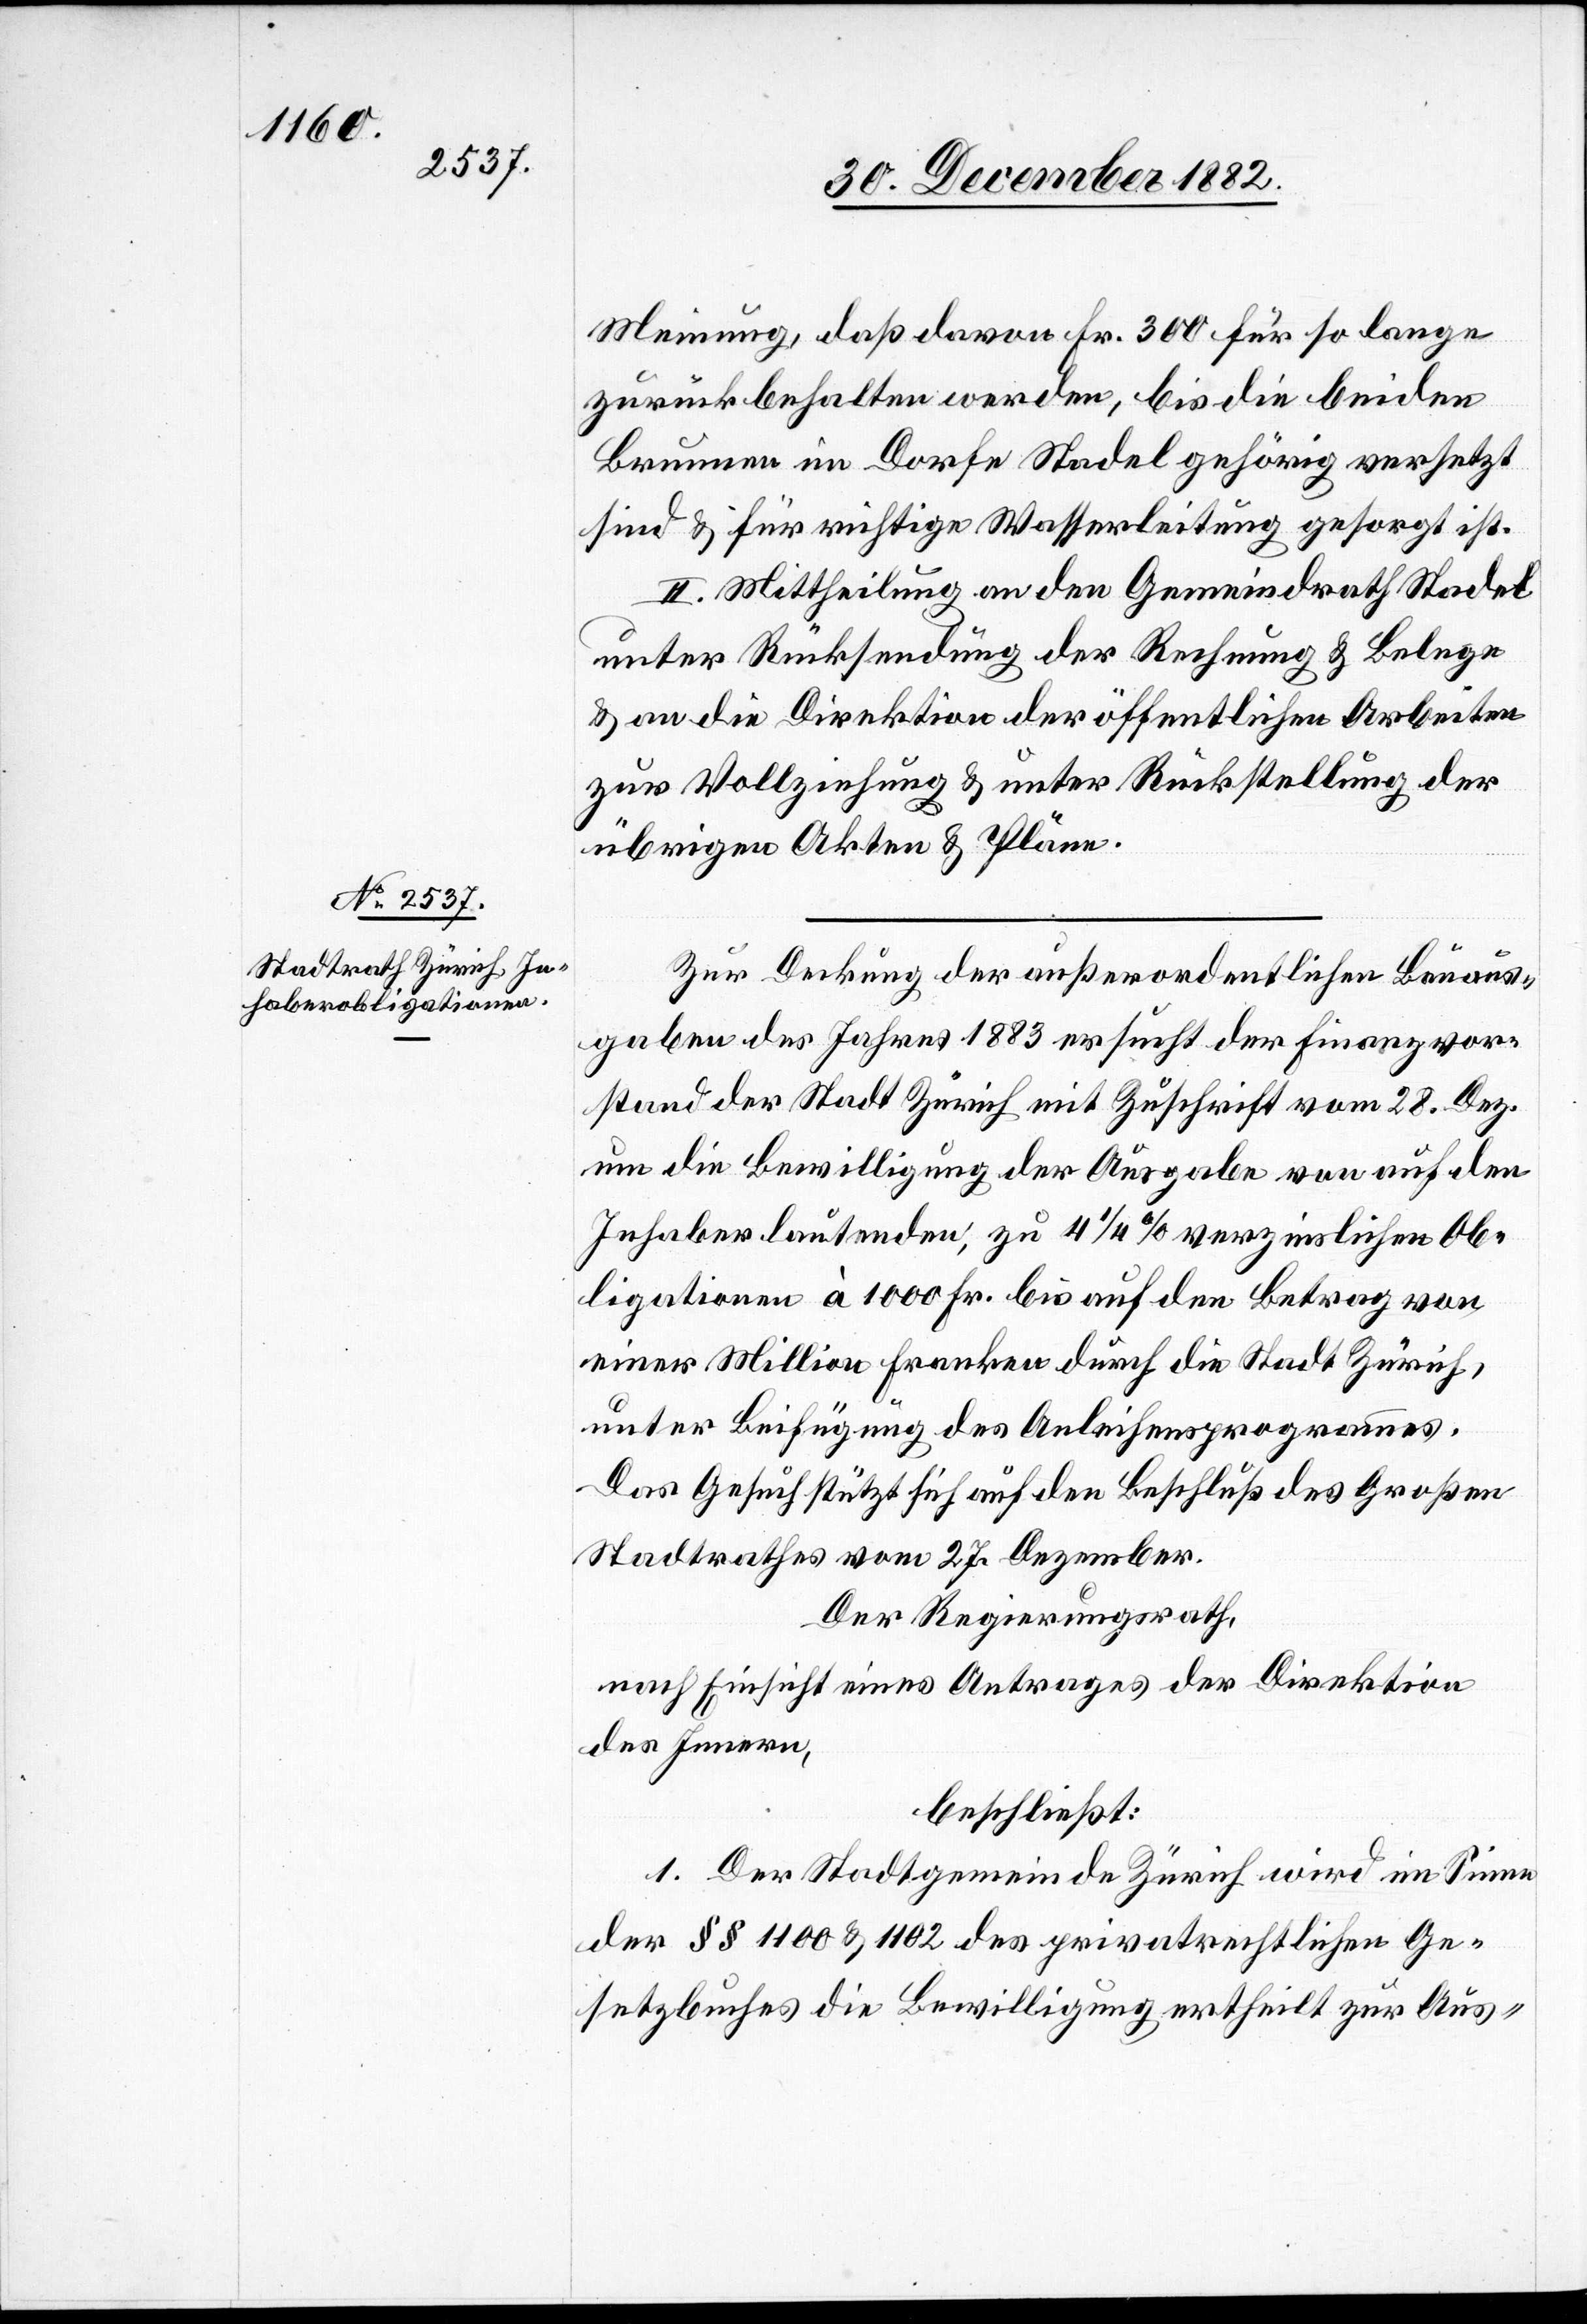
Meinung, daß davon Fr. 300 für so lange
zurückbehalten werden, bis die beiden
Brunnen im Dorfe Stadel gehörig versetzt
sind & für richtige Wasserleitun gesorgt ist.
II. Mittheilung an den Gemeindrath Stadel
unter Rücksendung der Rechnung & Belege
& an die Direktion der öffentlichen Arbeiten
zur Vollziehung & unter Rückstellung der
übrigen Akten & Pläne.
Zur Deckung der außerordentlichen Bauaus¬
gaben des Jahres 1883 ersucht der Finanzvor¬
stand der Stadt Zürich mit Zuschrift vom 28. Dez.
um die Bewilligung der Ausgabe von auf den
Inhaber lautenden, zu 4 1/4% verzinslichen Ob¬
ligationen à 1000 Fr. bis auf den Betrag von
einer Million Franken durch die Stadt Zürich,
unter Beifügung des Anleihensprogrammes.
Das Gesuch stützt sich auf den Beschluß des Großen
Stadtrathes vom 27. Dezember.
Der Regierungsrath,
nach Einsicht eines Antrages der Direktion
des Innern,
beschließt:
1. Der Stadtgemeinde Zürich wird im Sinne
der §§ 1100 & 1102 des privatrechtlichen Ge¬
setzbuches die Bewilligung ertheilt zur Aus-